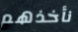
نأخذهم